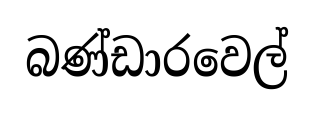
බණ්ඩාරවෙල්